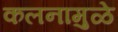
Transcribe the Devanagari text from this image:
कलनामुळे